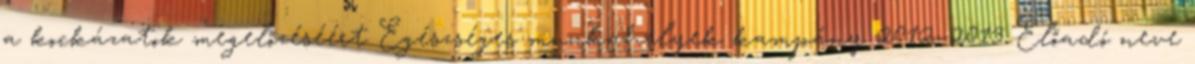
a kockázatok megelőzéséért Egészséges munkahelyek kampány 2012–2013 Előadó neve